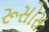
રૂસોસ